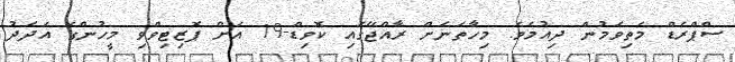
ސްޕްރެޑް މަތިވަމުން ދިއުމެވެ. މިހާތަނަށް ރާއްޖޭގައި ކޮވިޑް-19 އަށް ޕޮޒިޓިވްވި މީހުންގެ އަދަދު